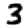
Digit: 3